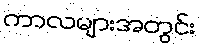
ကာလများအတွင်း